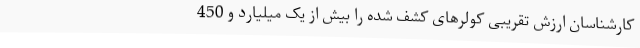
کارشناسان ارزش تقریبی کولرهای کشف شده را بیش از یک میلیارد و 450